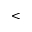
<